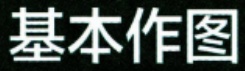
基本作图